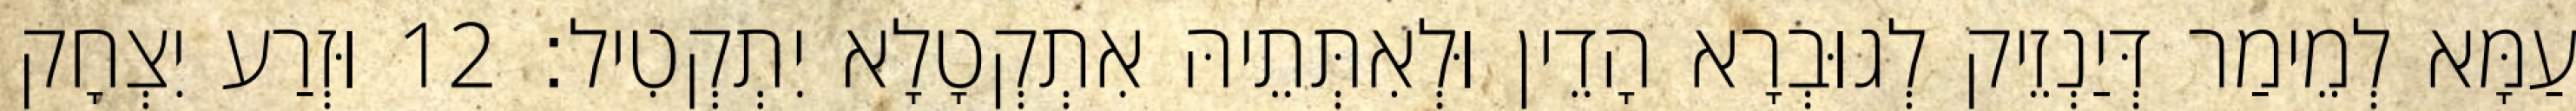
עַמָּא לְמֵימַר דְּיַנְזֵיק לְגוּבְרָא הָדֵין וּלְאִתְּתֵיהּ אִתְקְטָלָא יִתְקְטִיל׃ 12 וּזְרַע יִצְחָק